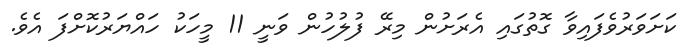
ކަށަވަރުވެފައިވާ ގޮތުގައި އެރަށުން މިރޭ ފުލުހުން ވަނީ 11 މީހަކު ހައްޔަރުކޮށްފަ އެވެ.